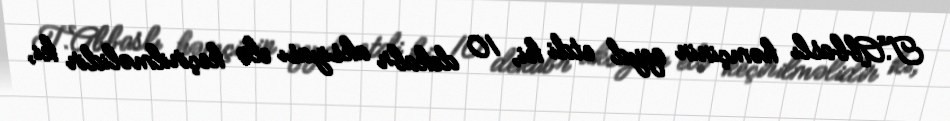
T.Abbaslı həmçinin qeyd etdi ki, 10 dekabr aksiyası elə keçirilməlidir ki,